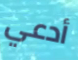
أدعي